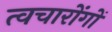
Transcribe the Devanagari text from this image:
त्वचारोंगों